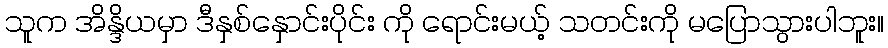
သူက အိန္ဒိယမှာ ဒီနှစ်နှောင်းပိုင်း ကို ရောင်းမယ့် သတင်းကို မပြောသွားပါဘူး။